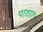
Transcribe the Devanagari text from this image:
पाठात